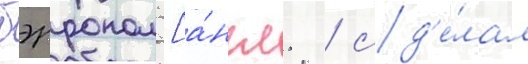
бэрроном [а́нгл. / сд'е́лал